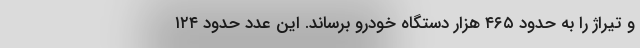
و تیراژ را به حدود ۴۶۵ هزار دستگاه خودرو برساند. این عدد حدود ۱۲۴